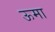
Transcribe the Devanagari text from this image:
ऊमा